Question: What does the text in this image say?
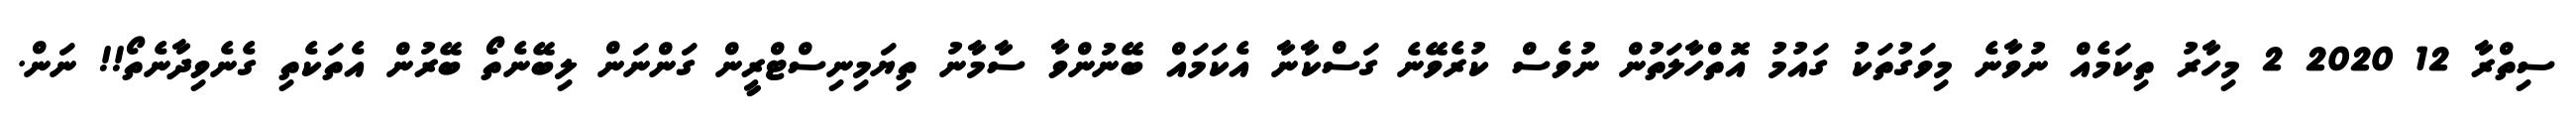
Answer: ސިތްރާ 12 2020 2 މިހާރު ތިކަމެއް ނުވާނެ މިވަގުތަކު ގައުމު އޮތްހާލަތުން ނުވެސް ކުރެވޭނެ ގަސްކާނާ އެކަމައް ބޭނުންވާ ސާމާނު ތިޔަމިނިސްޓްރީން ގަންނަން ލިބޭނެތޯ ބޭރުން އެތަކެތި ގެނެވިދާނެތޯ!! ނަން.